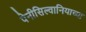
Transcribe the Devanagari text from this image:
पेनीसिल्वानियाच्या